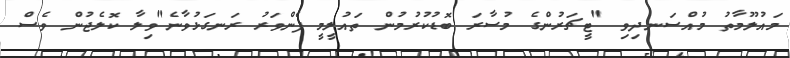
މައުލޫމާތު މުއްސަނދިވި "ޓީޗަރުންގެ މުސާރަ ބޮޑުކުރުމުން ތައުލީމީ ފެންވަރު ރަނގަޅުުވާނެ"ވިލާ ކޮލެޖުން ވެސް